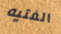
الفتيه